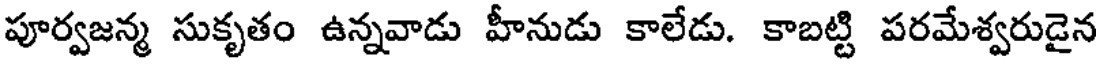
పూర్వజన్మ సుకృతం ఉన్నవాడు హీనుడు కాలేడు. కాబట్టి పరమేశ్వరుడైన